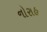
નોરાહ